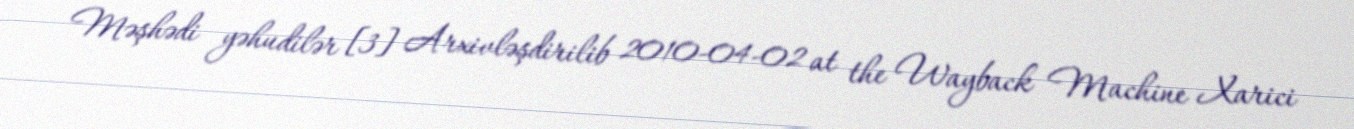
Məşhədi yəhudilər [3] Arxivləşdirilib 2010-04-02 at the Wayback Machine Xarici